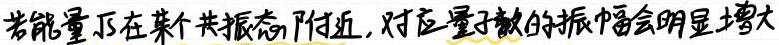
若能量$E$在某个共振态附近，对应量子数的振幅会明显增大